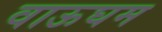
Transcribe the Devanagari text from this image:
वाऊघम